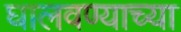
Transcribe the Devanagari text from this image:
घालवण्याच्या